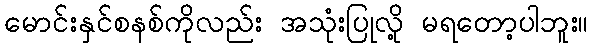
မောင်းနှင်စနစ်ကိုလည်း အသုံးပြုလို့ မရတော့ပါဘူး။